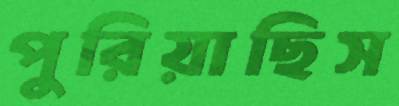
পুরিয়াছিস